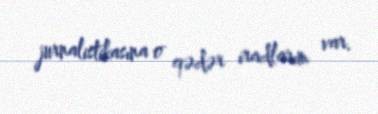
jurnalistikasına o qədər iradlarım var.